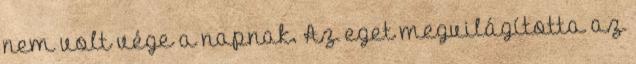
nem volt vége a napnak. Az eget megvilágította az